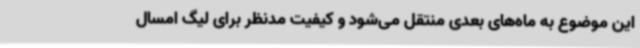
این موضوع به ماه‌های بعدی منتقل می‌شود و کیفیت مدنظر برای لیگ امسال